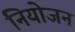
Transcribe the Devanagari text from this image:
नियोजन